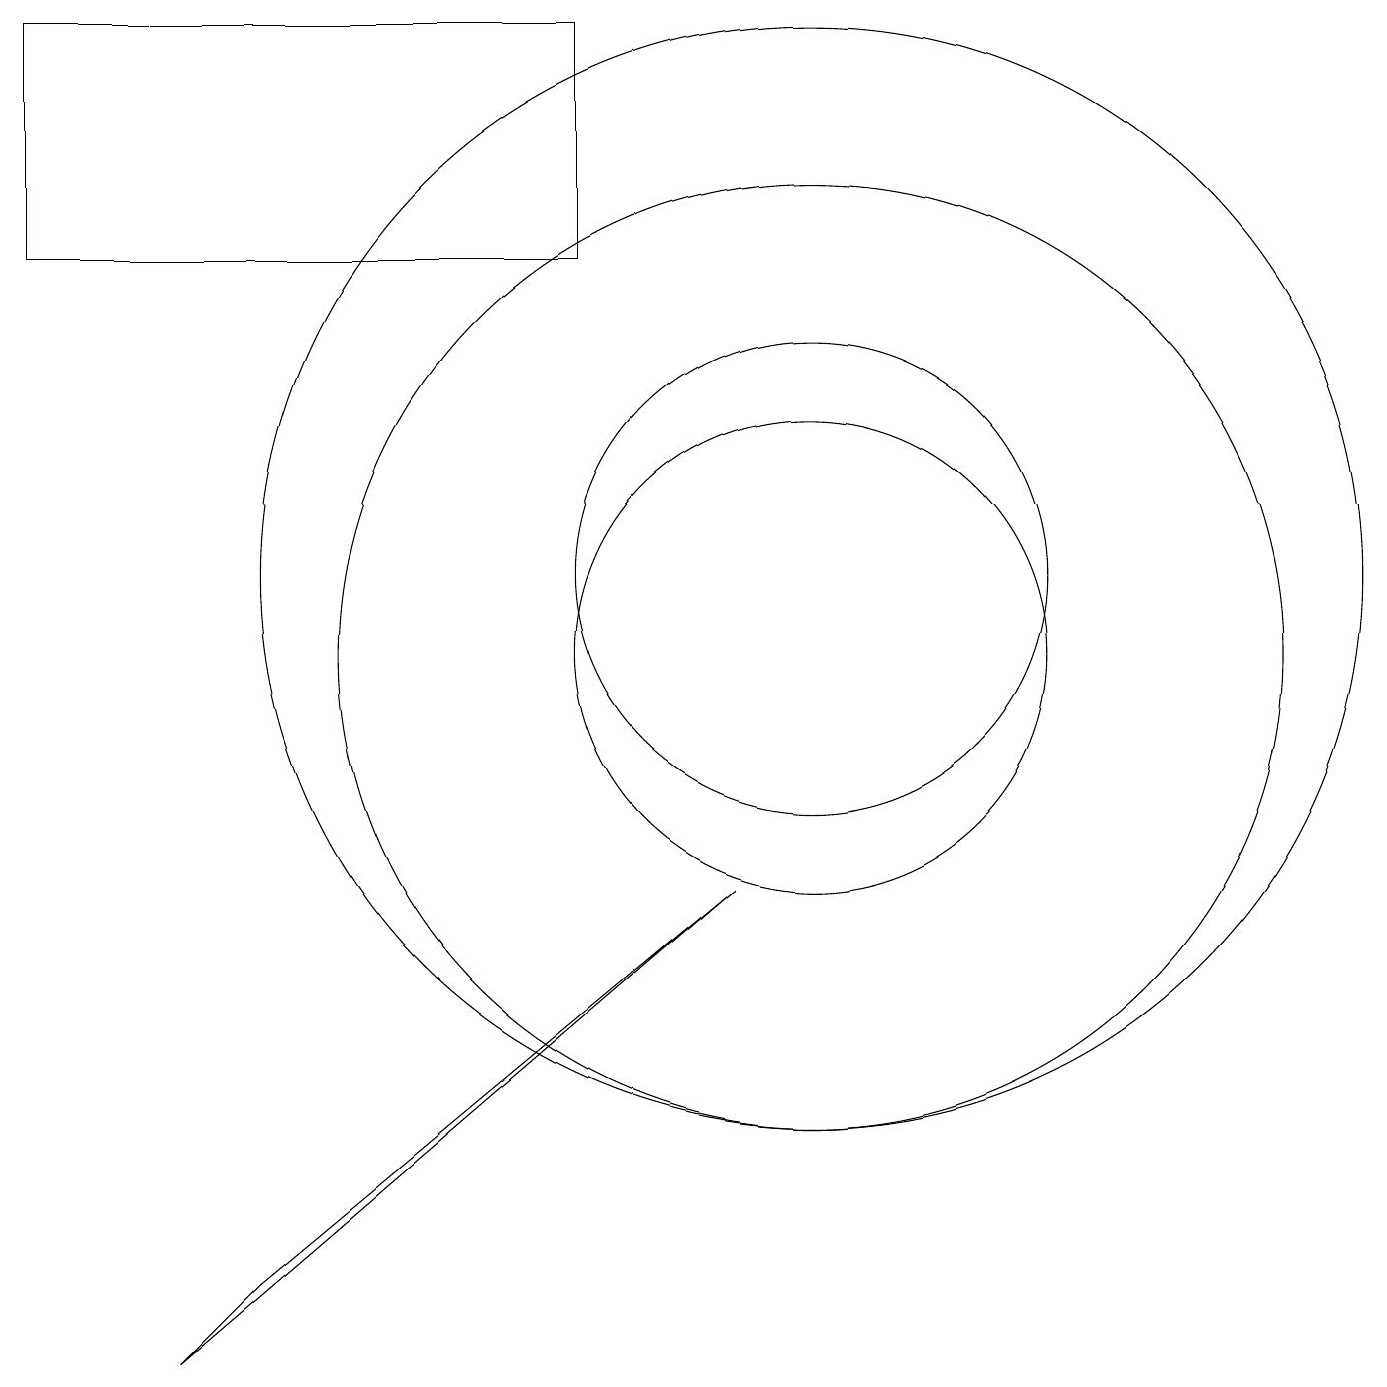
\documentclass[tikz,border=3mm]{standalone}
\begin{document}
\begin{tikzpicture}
\draw (10,12) circle (3);
\draw (9,8) -- (2,2) -- (3,3) -- cycle;
\draw (10,11) circle (3);
\draw (7,16) rectangle (0,19);
\draw (10,11) circle (6);
\draw (10,12) circle (7);
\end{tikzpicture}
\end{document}